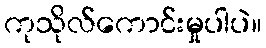
ကုသိုလ်ကောင်းမှုပါပဲ။